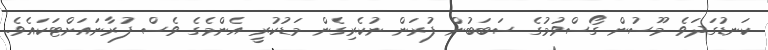
ކަނޑުގަދަވެ މޫސުން ގޯސްވުމުގެ ސަބަބުން ފުރަން ނުކެރިގެން މަޑުކުރީ އެންމެގެ ވެސް ފުރާނައަށްޓަކައެވެ.